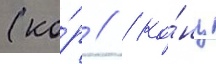
(ко́р // / ко́нц